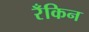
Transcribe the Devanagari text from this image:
रँकिन